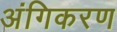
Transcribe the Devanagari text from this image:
अंगिकरण